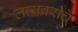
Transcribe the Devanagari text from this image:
लायब्ररीचे